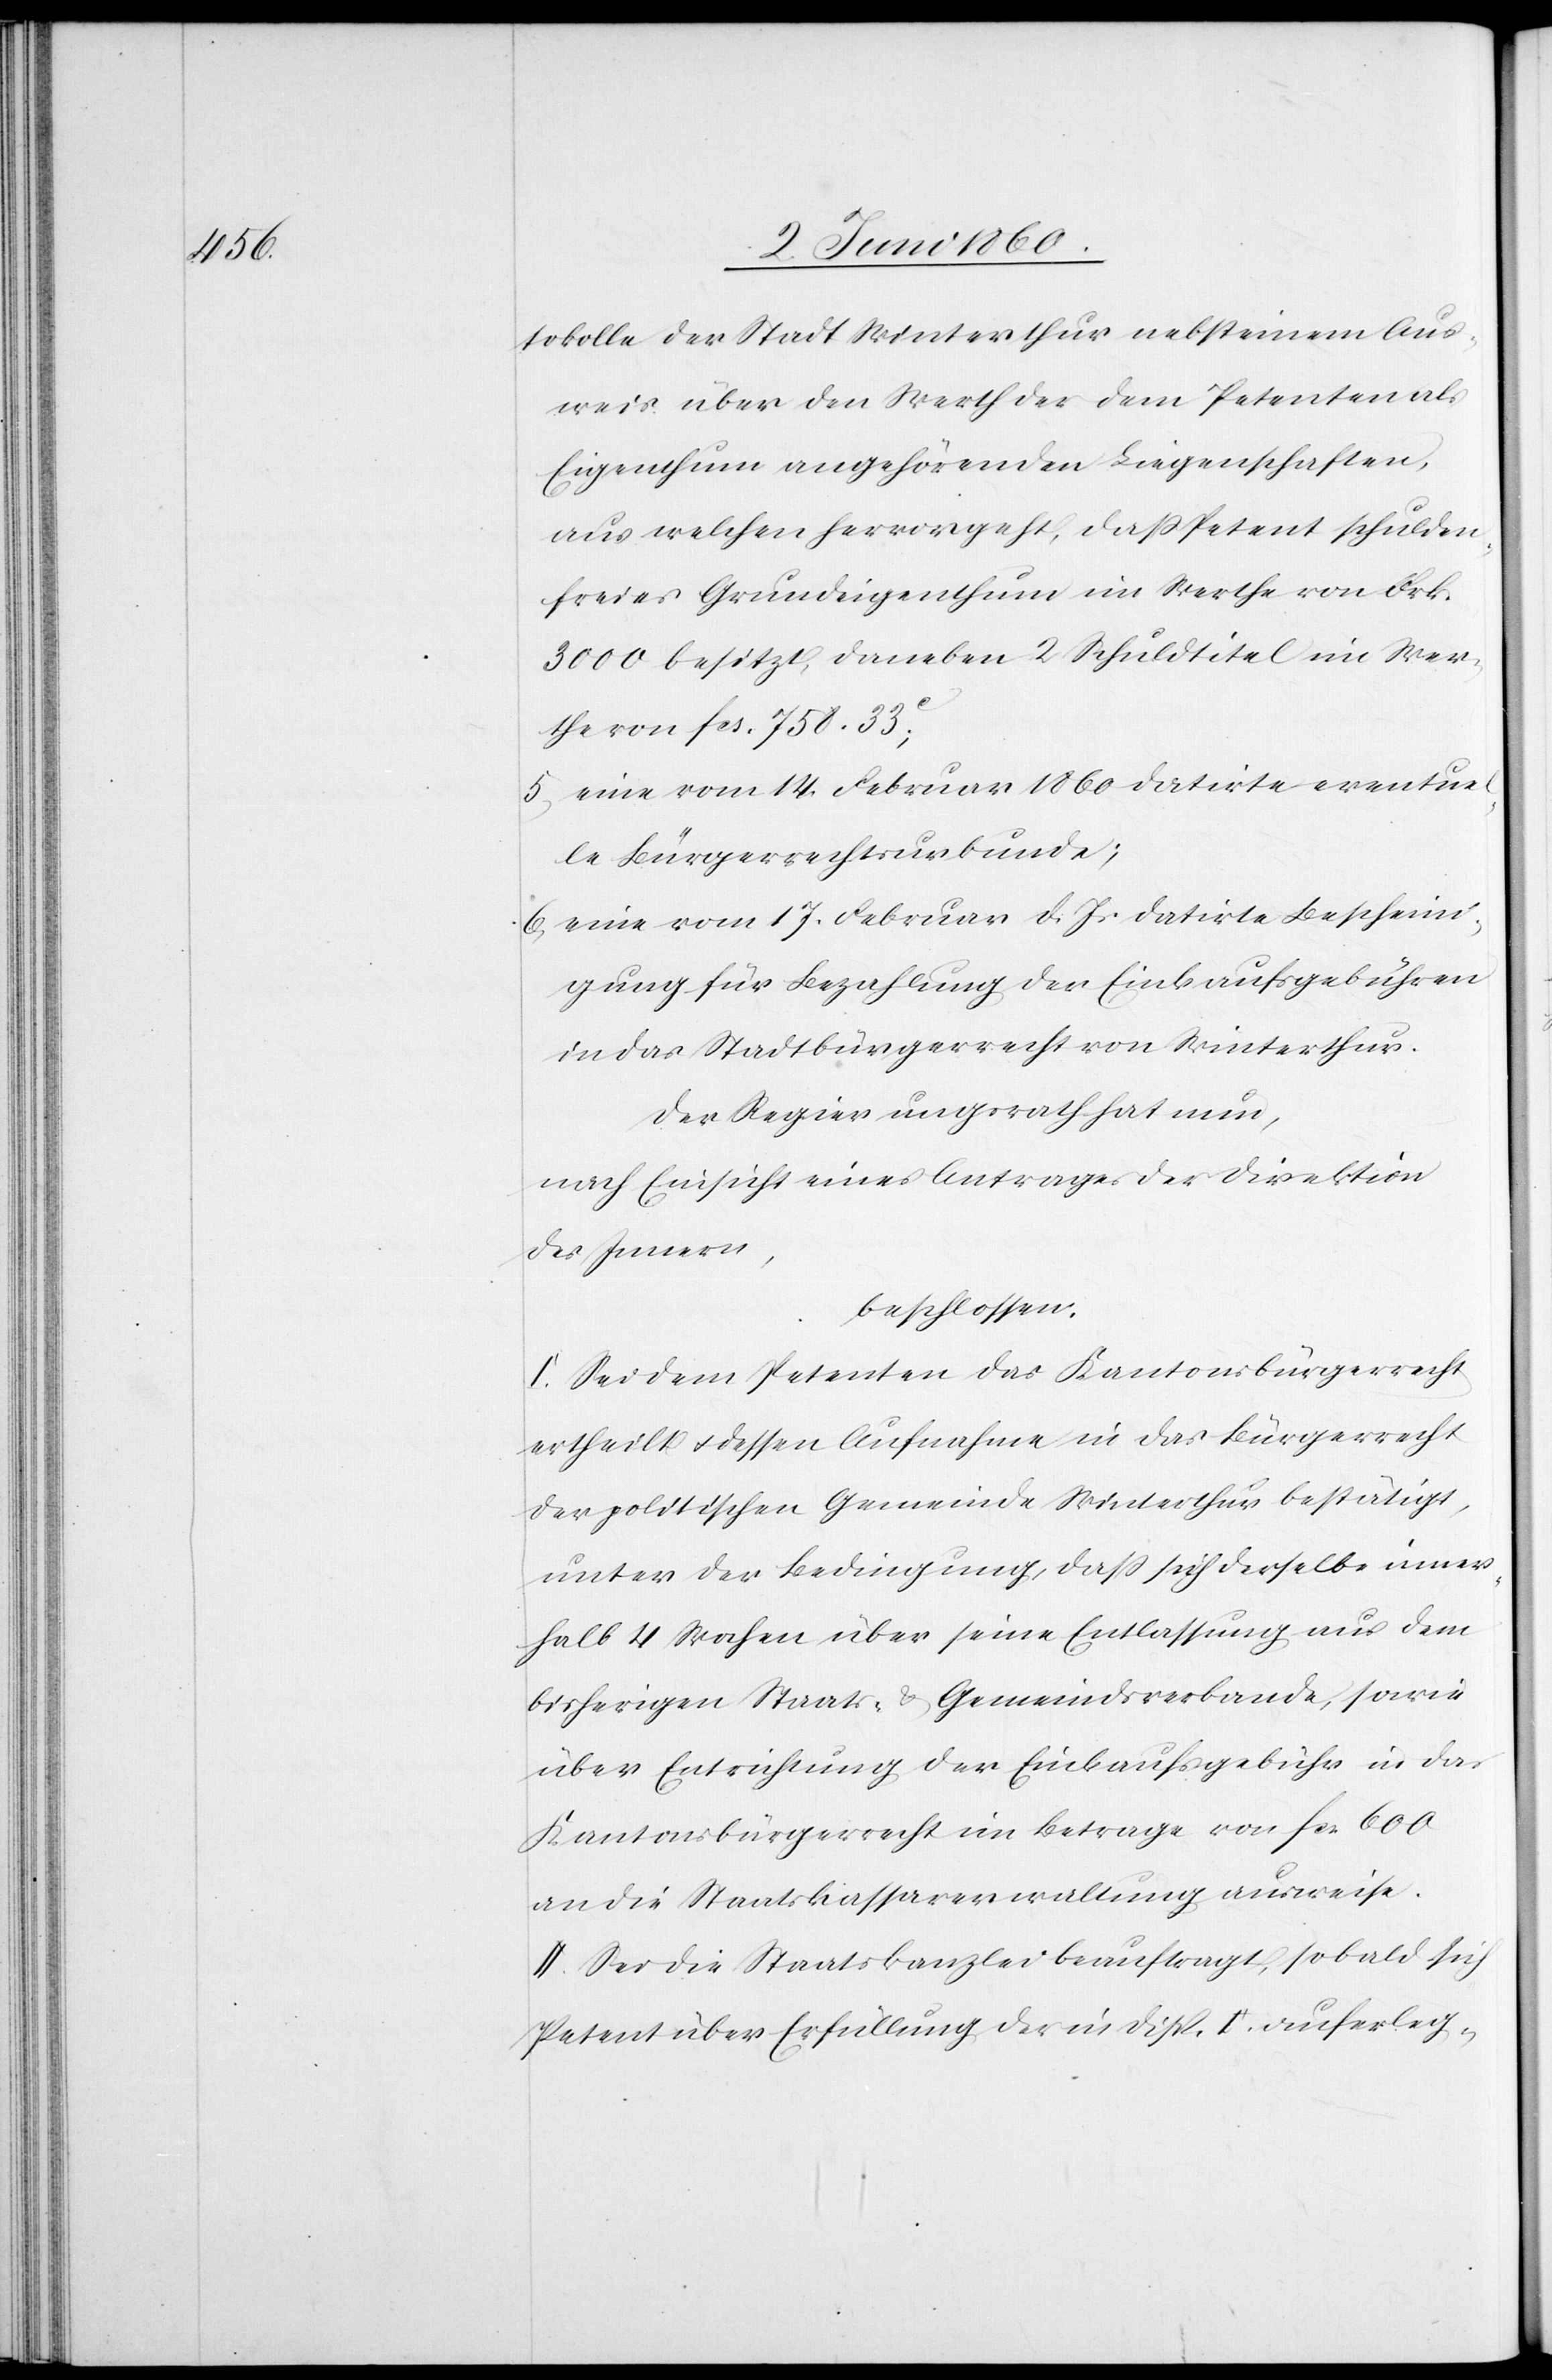
tokolle der Stadt Winterthur nebst einem Aus¬
weis über den Werth der dem Petenten als
Eigenthum angehörenden Liegenschaften,
aus welchen hervorgeht, dass Petent schulden¬
freies Grundeigenthum im Werthe von Frk.
3000 besitzt, daneben 2 Schuldtitel im Wer¬
the von fcs. 758. 33C;
5) eine vom 14. Februar 1860 datirte eventuel¬
le Bürgerrechtsurkunde;
6) eine vom 17. Februar d. Js. datirte Bescheini¬
gung für Bezahlung der Einkaufsgebühren
in das Stadtbürgerrecht von Winterthur.
Der Regierungsrath hat nun,
nach Einsicht eines Antrages der Direktion
des Innern,
beschlossen:
I. Sei dem Petenten das Kantonsbürgerrecht
ertheilt u. dessen Aufnahme in das Bürgerrecht
der politischen Gemeinde Winterthur bestätigt,
unter der Bedingung, dass sich derselbe inner¬
halb 4 Wochen über seine Entlassung aus dem
bisherigen Staats- u. Gemeindsverbande, sowie
über Entrichtung der Einkaufsgebühr in das
Kantonsbürgerrecht im Betrage von fcs. 600
an die Staatskassaverwaltung ausweise.
II. Sei die Staatskanzlei beauftragt, sobald sich
Petent über Erfüllung der in Disp. I. auferleg-